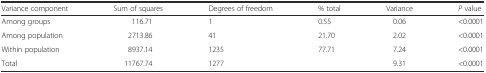
<table><thead><tr><td><b>Variance component</b></td><td><b>Sum of squares</b></td><td><b>Degrees of freedom</b></td><td><b>% total</b></td><td><b>Variance</b></td><td><b><i>P</i> value</b></td></tr></thead><tbody><tr><td>Among groups</td><td>116.71</td><td>1</td><td>0.55</td><td>0.06</td><td>&lt;0.0001</td></tr><tr><td>Among population</td><td>2713.86</td><td>41</td><td>21.70</td><td>2.02</td><td>&lt;0.0001</td></tr><tr><td>Within population</td><td>8937.14</td><td>1235</td><td>77.71</td><td>7.24</td><td>&lt;0.0001</td></tr><tr><td>Total</td><td>11767.74</td><td>1277</td><td></td><td>9.31</td><td>&lt;0.0001</td></tr></tbody></table>